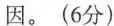
因。(6分)